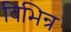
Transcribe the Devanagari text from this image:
विभिन्र